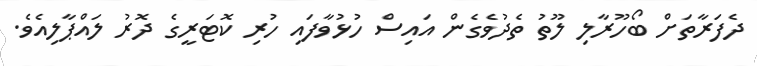
ދެފަރާތަށް ބޯހޫރާލި ލޫތު ތެދުވެގެން އައިސް ހުޅުވާފައި ހުރި ކޮޓަރީގެ ދޮރު ލައްޕާލިއެވެ.